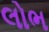
લોભ